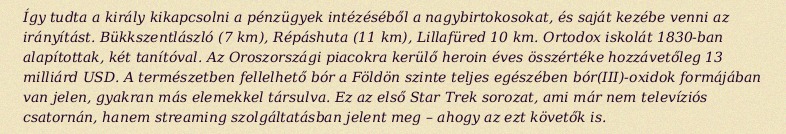
Így tudta a király kikapcsolni a pénzügyek intézéséből a nagybirtokosokat, és saját kezébe venni az irányítást. Bükkszentlászló (7 km), Répáshuta (11 km), Lillafüred 10 km. Ortodox iskolát 1830-ban alapítottak, két tanítóval. Az Oroszországi piacokra kerülő heroin éves összértéke hozzávetőleg 13 milliárd USD. A természetben fellelhető bór a Földön szinte teljes egészében bór(III)-oxidok formájában van jelen, gyakran más elemekkel társulva. Ez az első Star Trek sorozat, ami már nem televíziós csatornán, hanem streaming szolgáltatásban jelent meg – ahogy az ezt követők is.